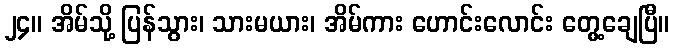
၂၄။ အိမ်သို့ ပြန်သွား၊ သားမယား၊ အိမ်ကား ဟောင်းလောင်း တွေ့ချေပြီ။